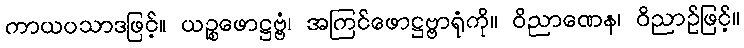
ကာယပသာဒဖြင့်။ ယဉ္စဖောဋ္ဌဗ္ဗံ၊ အကြင်ဖောဋ္ဌဗ္ဗာရုံကို။ ဝိညာဏေန၊ ဝိညာဉ်ဖြင့်။